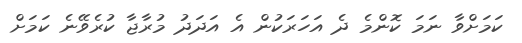
ކަމަށްވާ ނަމަ ކޮންމެ ދެ އަހަރަކުން އެ އަދަދު މުރާޖާ ކުރެވޭނެ ކަމަށް